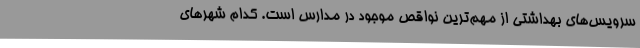
سرویس‌های بهداشتی از مهم‌ترین نواقص موجود در مدارس است. کدام شهرهای